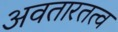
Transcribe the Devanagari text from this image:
अवतारतत्व